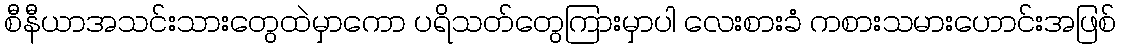
စီနီယာအသင်းသားတွေထဲမှာကော ပရိသတ်တွေကြားမှာပါ လေးစားခံ ကစားသမားဟောင်းအဖြစ်